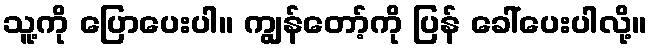
သူ့ကို ပြောပေးပါ။ ကျွန်တော့်ကို ပြန် ခေါ်ပေးပါလို့။